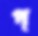
প্